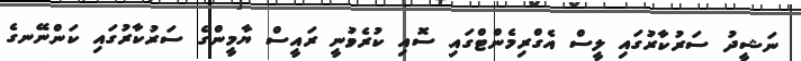
ނަޝީދު ސަރުކާރުގައި ލީސް އެގްރިމެންޓްގައި ސޮއި ކުރެވުނީ ރައީސް ޔާމީންގެ ސަރުކާރުގައި ކަންނޭނގެ